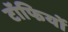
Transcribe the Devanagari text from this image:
टॉफियों